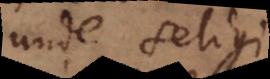
unde seligi